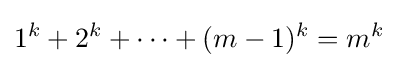
1^{k}+2^{k}+\cdots +(m-1)^{k}=m^{k}